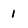
Character: 1